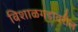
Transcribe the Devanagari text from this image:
विशाळगडावरील